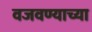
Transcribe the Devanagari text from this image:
वजवण्याच्या